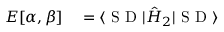
\begin{array} { r l } { E [ \alpha , \beta ] } & { { } = \langle \textrm { S D } | \hat { H } _ { 2 } | \textrm { S D } \rangle } \end{array}